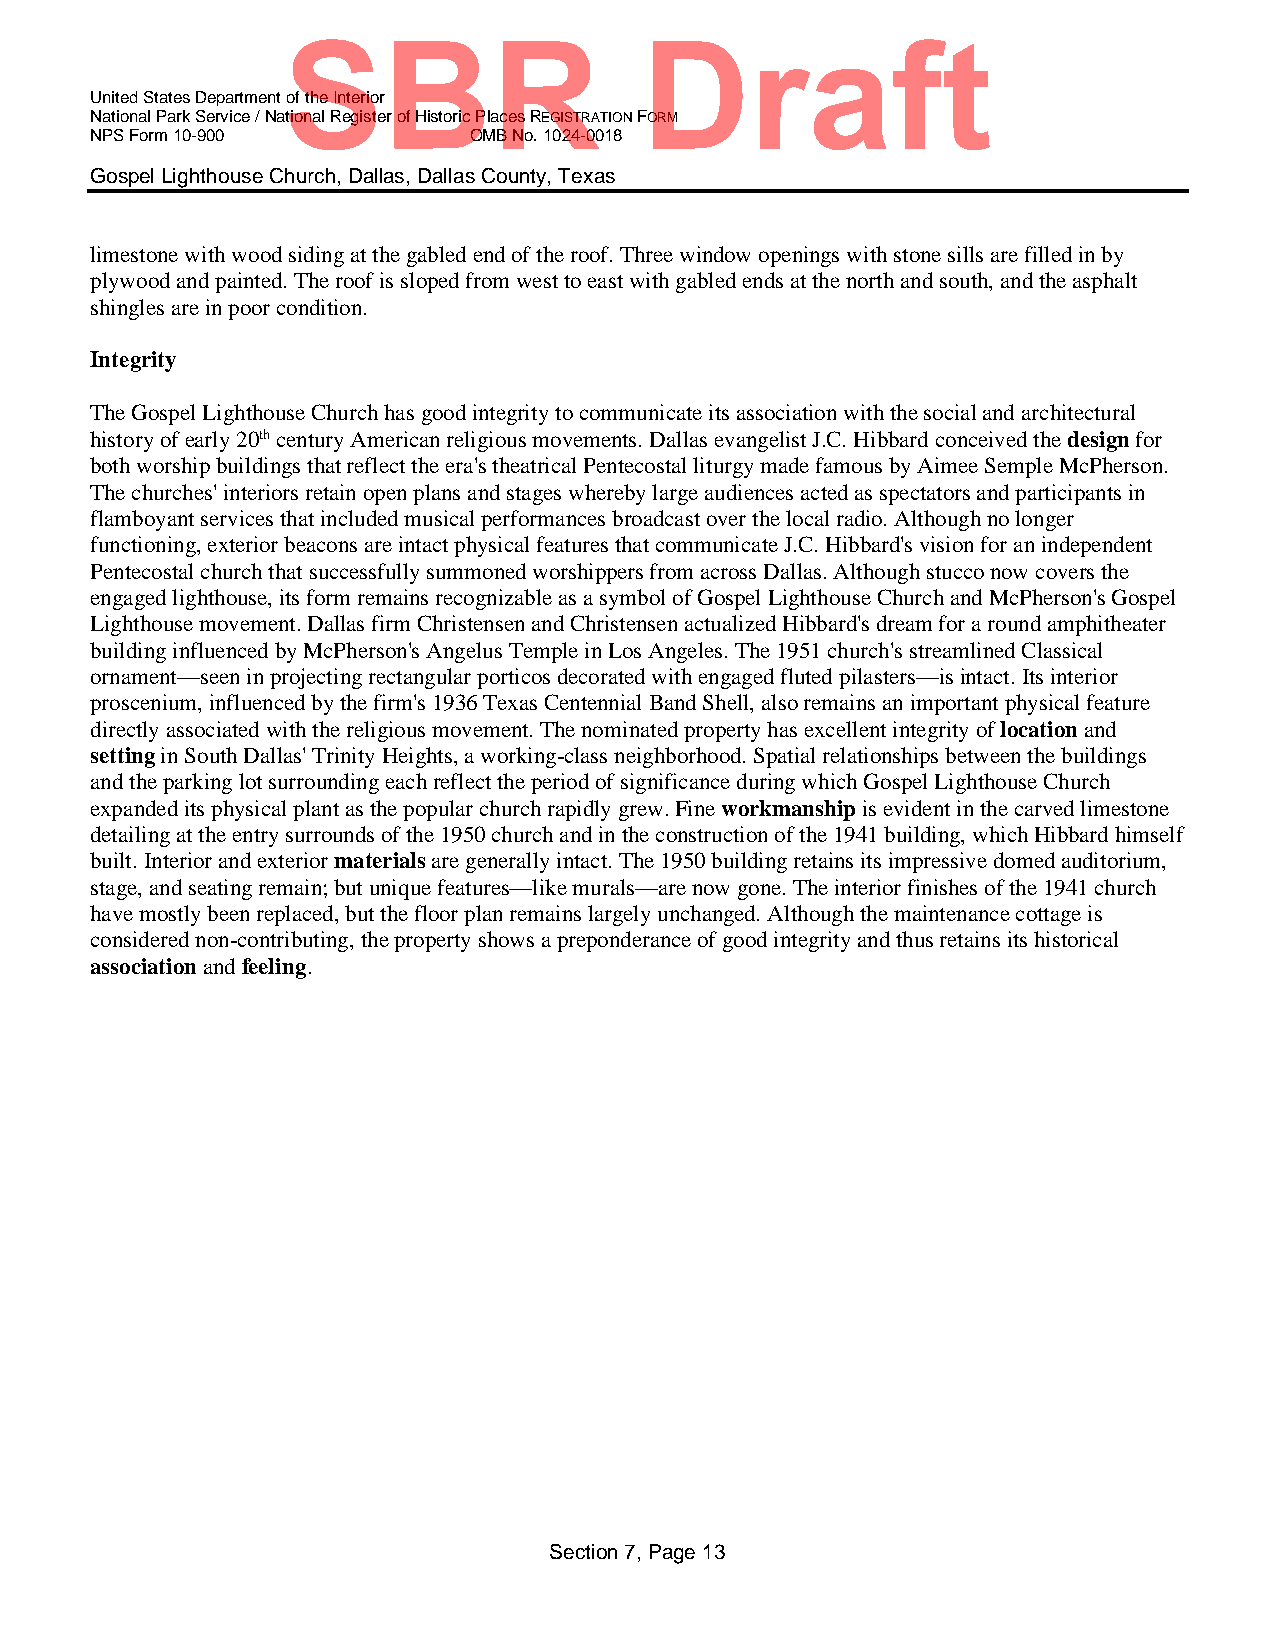
SBR                    Draft
 United States Department of the Interior
 National Park Service / National Register of Historic Places REGISTRATION FORM
 NPS Form 10-900          OMB No. 1024-0018
 Gospel Lighthouse Church, Dallas, Dallas County, Texas
 limestone with wood siding at the gabled end of the roof. Three window openings with stone sills are filled in by
 plywood and painted. The roof is sloped from west to east with gabled ends at the north and south, and the asphalt
 shingles are in poor condition.
 Integrity
 The Gospel Lighthouse Church has good integrity to communicate its association with the social and architectural
 history of early 20th century American religious movements. Dallas evangelist J.C. Hibbard conceived the design for
 both worship buildings that reflect the era's theatrical Pentecostal liturgy made famous by Aimee Semple McPherson.
 The churches' interiors retain open plans and stages whereby large audiences acted as spectators and participants in
 flamboyant services that included musical performances broadcast over the local radio. Although no longer
 functioning, exterior beacons are intact physical features that communicate J.C. Hibbard's vision for an independent
 Pentecostal church that successfully summoned worshippers from across Dallas. Although stucco now covers the
 engaged lighthouse, its form remains recognizable as a symbol of Gospel Lighthouse Church and McPherson's Gospel
 Lighthouse movement. Dallas firm Christensen and Christensen actualized Hibbard's dream for a round amphitheater
 building influenced by McPherson's Angelus Temple in Los Angeles. The 1951 church's streamlined Classical
 ornament—seen in projecting rectangular porticos decorated with engaged fluted pilasters—is intact. Its interior
 proscenium, influenced by the firm's 1936 Texas Centennial Band Shell, also remains an important physical feature
 directly associated with the religious movement. The nominated property has excellent integrity of location and
 setting in South Dallas' Trinity Heights, a working-class neighborhood. Spatial relationships between the buildings
 and the parking lot surrounding each reflect the period of significance during which Gospel Lighthouse Church
 expanded its physical plant as the popular church rapidly grew. Fine workmanship is evident in the carved limestone
 detailing at the entry surrounds of the 1950 church and in the construction of the 1941 building, which Hibbard himself
 built. Interior and exterior materials are generally intact. The 1950 building retains its impressive domed auditorium,
 stage, and seating remain; but unique features—like murals—are now gone. The interior finishes of the 1941 church
 have mostly been replaced, but the floor plan remains largely unchanged. Although the maintenance cottage is
 considered non-contributing, the property shows a preponderance of good integrity and thus retains its historical
 association and feeling.
 Section 7, Page 13